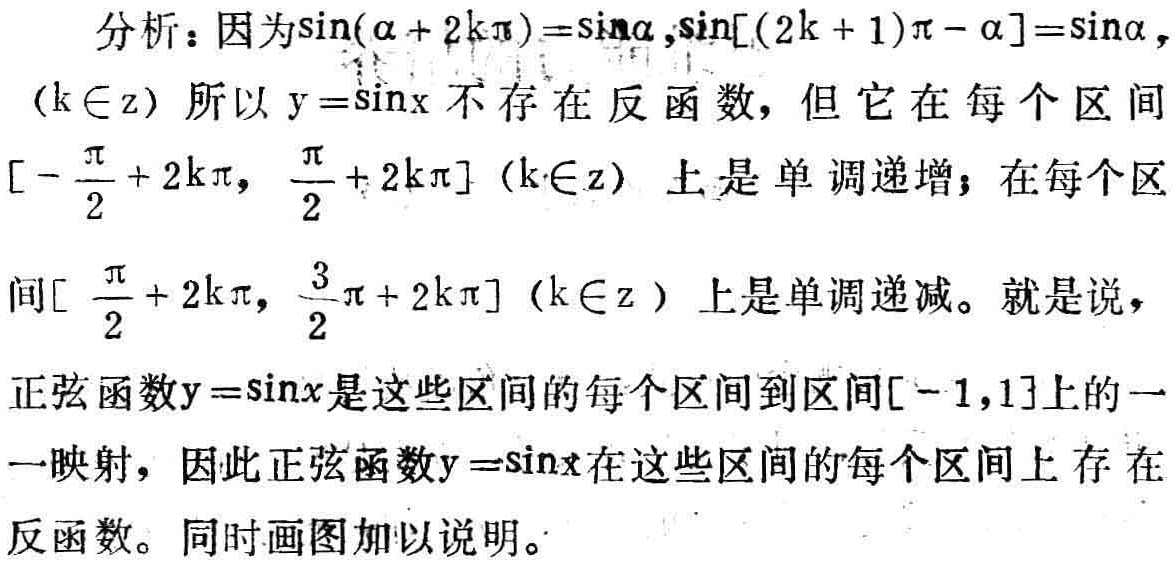
分析：因为\(\sin(\alpha + 2k\pi)=\sin\alpha\)，\(\sin[(2k + 1)\pi - \alpha]=\sin\alpha\)，\((k\in \mathbb{Z})\)所以\(y = \sin x\)不存在反函数，但它在每个区间\([-\frac{\pi}{2} + 2k\pi, \frac{\pi}{2} + 2k\pi](k\in \mathbb{Z})\)上是单调递增；在每个区间\([\frac{\pi}{2} + 2k\pi, \frac{3}{2}\pi + 2k\pi](k\in \mathbb{Z})\)上是单调递减。就是说，正弦函数\(y = \sin x\)是这些区间的每个区间到区间\([-1,1]\)上的一一映射，因此正弦函数\(y = \sin x\)在这些区间的每个区间上存在反函数。同时画图加以说明。